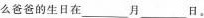
么爸爸的生日在_月_日。